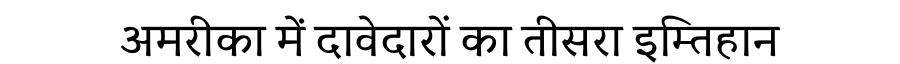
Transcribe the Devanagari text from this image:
अमरीका में दावेदारों का तीसरा इम्तिहान